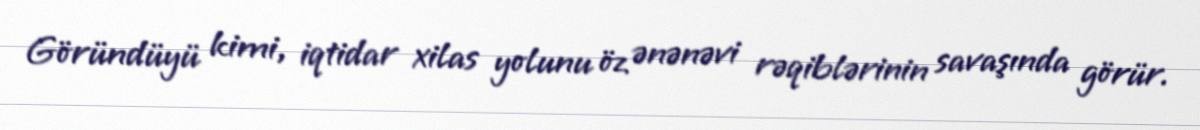
Göründüyü kimi, iqtidar xilas yolunu öz ənənəvi rəqiblərinin savaşında görür.